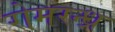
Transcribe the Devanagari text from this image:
रोमरन्ध्र